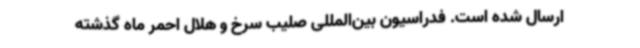
ارسال شده است. فدراسیون بین‌المللی صلیب سرخ و هلال احمر ماه گذشته